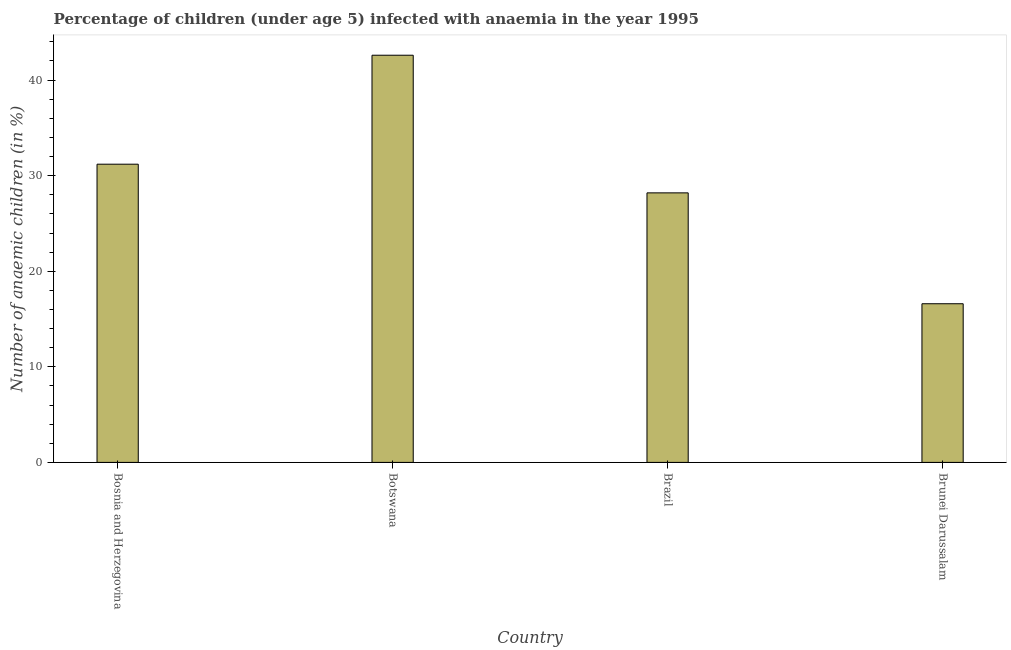
| Country | Prevalence of anemia among children |
 | --- | --- |
 | Bosnia and Herzegovina | 31.2 |
 | Botswana | 42.6 |
 | Brazil | 28.2 |
 | Brunei Darussalam | 16.6 |